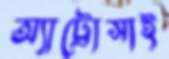
অ্যাট্রোসাই